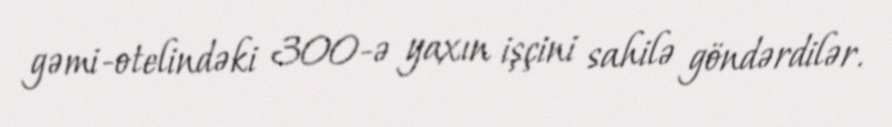
gəmi-otelindəki 300-ə yaxın işçini sahilə göndərdilər.